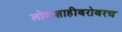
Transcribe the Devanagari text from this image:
लोकशाहीबरोबरच